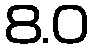
8.0